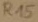
Text: R15